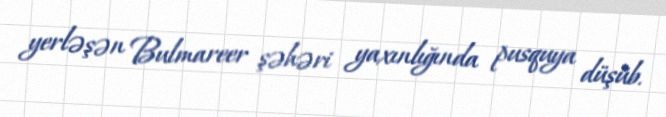
yerləşən Bulmareer şəhəri yaxınlığında pusquya düşüb.